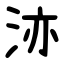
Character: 洂